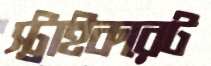
স্ট্রাইকরেট